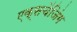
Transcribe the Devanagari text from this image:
एक्सचेंजिंग